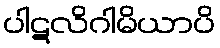
ပါဋလိဂါမိယာပိ